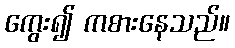
ကွေး၍ ကစားနေသည်။